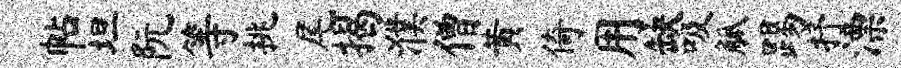
帖坦阮等挑尾揭濮僧黄倚用缺吸觚踢抒漂